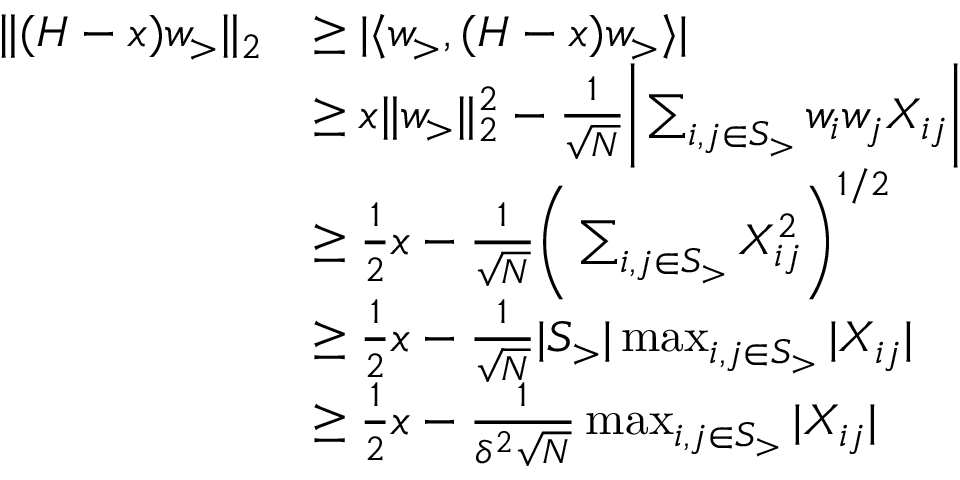
\begin{array} { r l } { \| ( H - x ) w _ { > } \| _ { 2 } } & { \ge | \langle w _ { > } , ( H - x ) w _ { > } \rangle | } \\ & { \ge x \| w _ { > } \| _ { 2 } ^ { 2 } - \frac 1 { \sqrt { N } } \bigg | \sum _ { i , j \in S _ { > } } w _ { i } w _ { j } X _ { i j } \bigg | } \\ & { \ge \frac 1 2 x - \frac 1 { \sqrt { N } } \bigg ( \sum _ { i , j \in S _ { > } } X _ { i j } ^ { 2 } \bigg ) ^ { 1 / 2 } } \\ & { \ge \frac 1 2 x - \frac 1 { \sqrt { N } } | S _ { > } | \operatorname* { m a x } _ { i , j \in S _ { > } } | X _ { i j } | } \\ & { \ge \frac 1 2 x - \frac 1 { \delta ^ { 2 } \sqrt { N } } \operatorname* { m a x } _ { i , j \in S _ { > } } | X _ { i j } | } \end{array}